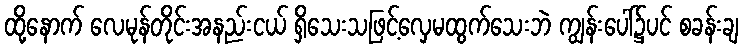
ထို့နောက် လေမုန်တိုင်းအနည်းငယ် ရှိသေးသဖြင့်လှေမထွက်သေးဘဲ ကျွန်းပေါ်၌ပင် စခန်းချ